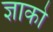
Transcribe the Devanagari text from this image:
ज्ञाको